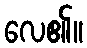
လေ၏။